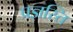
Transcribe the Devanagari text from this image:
प्रज्ञस्ति